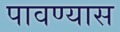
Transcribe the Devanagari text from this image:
पावण्यास